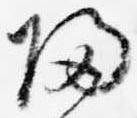
帰